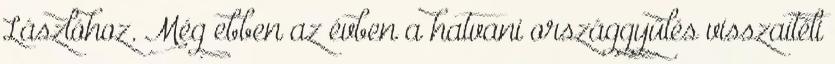
Lászlóhoz. Még ebben az évben a hatvani országgyűlés visszaítéli